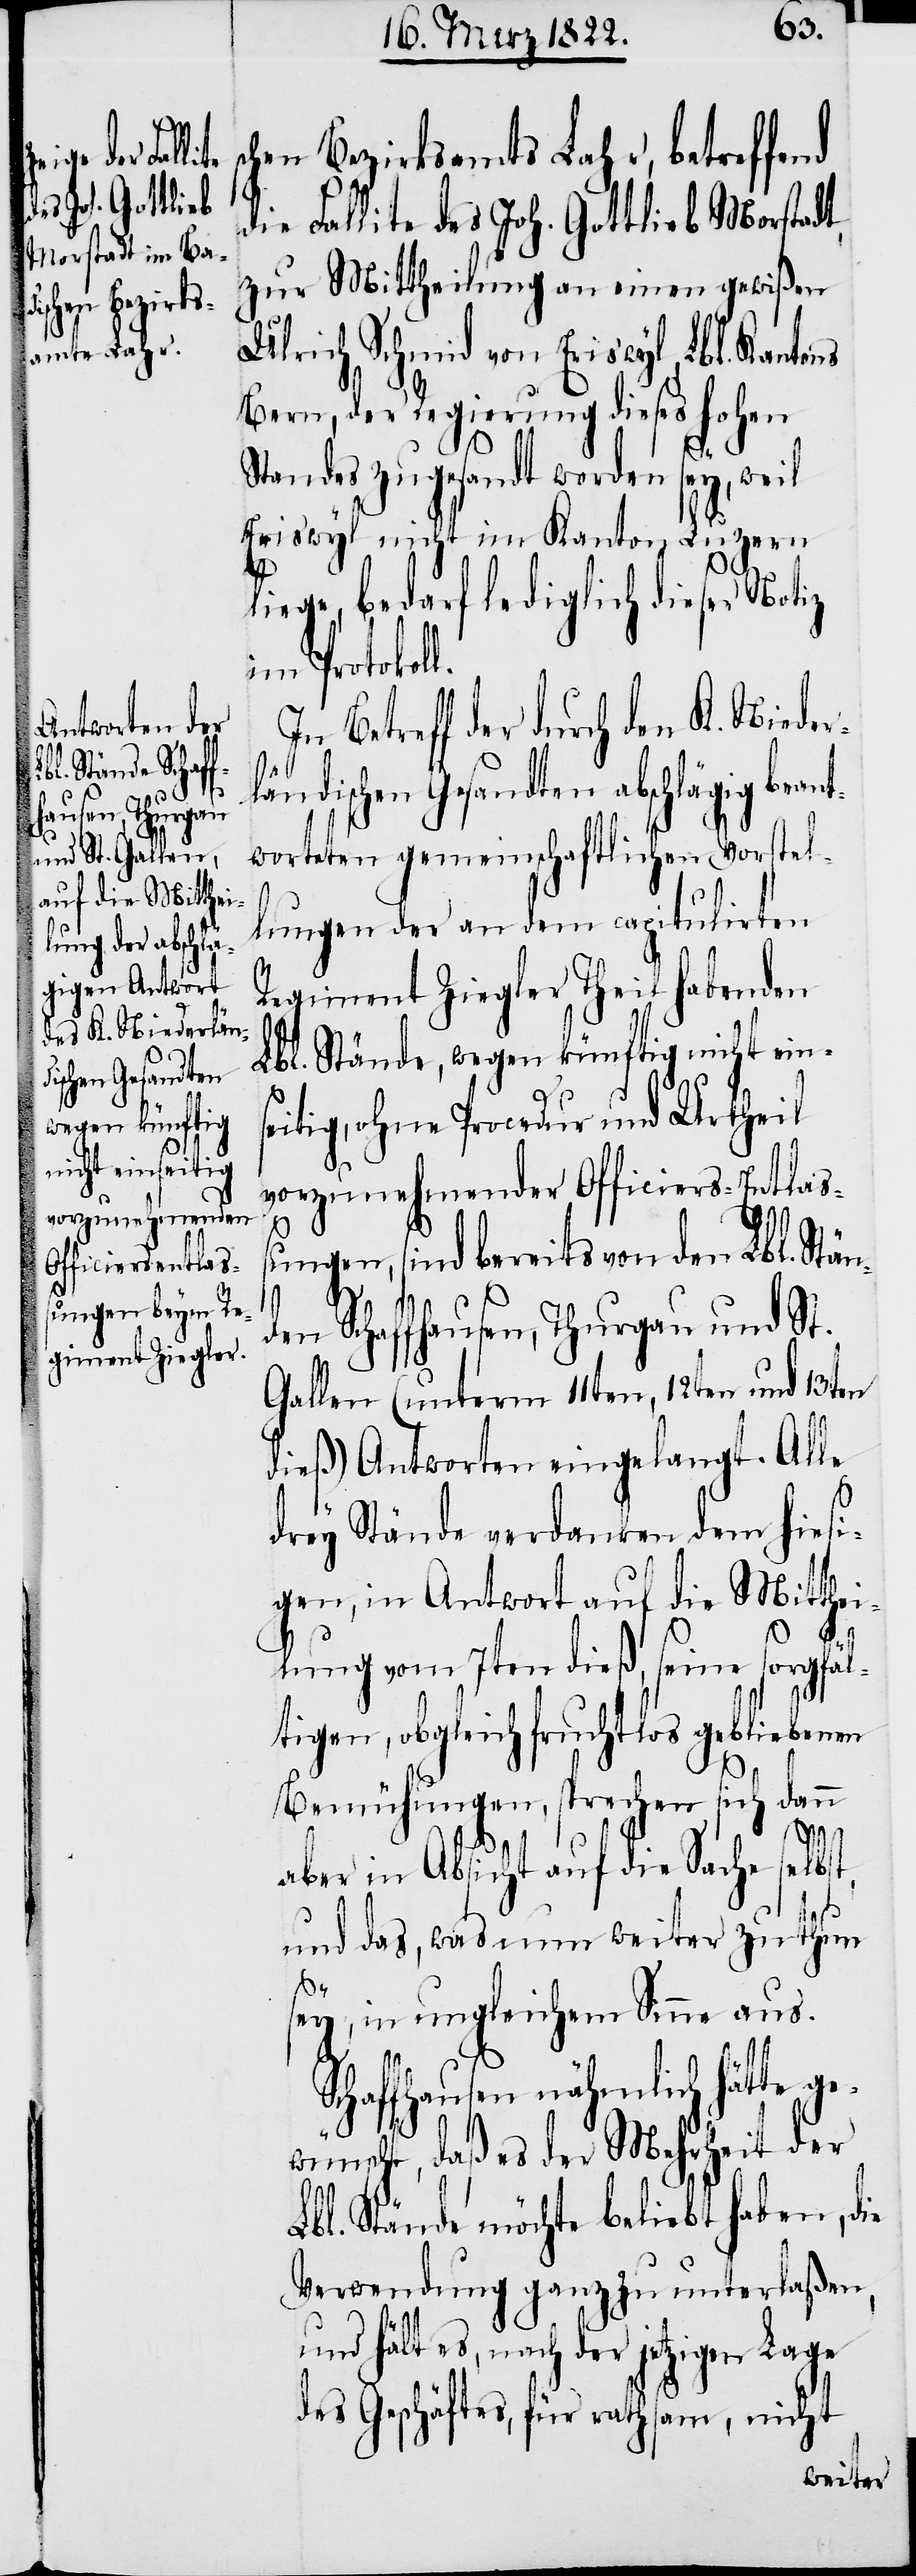
chen Bezirksamtes Lahr, betreffend
die Fallite des Joh. Gottlieb Morstadt,
zur Mittheilung an einen gewißen
Ulrich Schmid von Eriswyl, Lbl. Kantons
Bern, der Regierung dieses hohen
Standes zugesandt worden sey, weil
Eriswyl nicht im Kanton Luzern
n¬
liege, bedarf lediglich dieser Notiz
im Protokoll.
In Betreff der durch den K. Niederl¬
ändischen Gesandten abschlägig
worteten gemeinschaftlichen Vorstel¬
lungen der an dem capitulirten
Regiment Ziegler Theil habenden
Lbl. Stände, wegen künftig nicht ein¬
wegen ohne Procedur und Urtheil
vorzunehmender Officiers-Entlaß¬
ungen, sind bereits von den Lbl. Stä¬
den Schaffhausen, Thurgau und St.
Gallen (unterm 11ten, 12ten und 13ten
dieß) Antworten eingelangt. Alle
s¬
drey Stände verdanken dem hiesi¬
gen, in Antwort auf die Mitthei¬
lung vom 7ten dieß, seine sorgfäl¬
tigen, obgleich fruchtlos gebliebenen
Bemühungen, sprechen sich dann
sei¬
aber in Absicht auf die Sache selb¬
st,
und das, was nun weiter zu thun
sey, in ungleichem Sinne aus.
Schaffhausen nähmlich hätte ge¬
wünscht, daß es der Mehrheit der
Lbl. Stände möchte beliebt haben, die
Verwendung ganz zu unterlaßen
und hält es, nach der jetzigen Lage
des Geschäftes, für rathsam, nicht